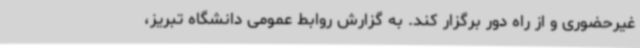
غیرحضوری و از راه دور برگزار کند. به گزارش روابط عمومی دانشگاه تبریز،